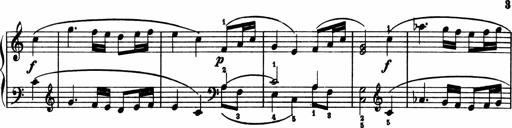
Title: 2 Sonatinen
Composer: Lambertus Adrianus van Tetterode